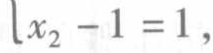
\(x_{2}-1 = 1\)，